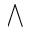
\bigwedge